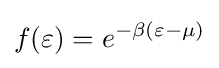
f(\varepsilon )=e^{-\beta (\varepsilon -\mu )}